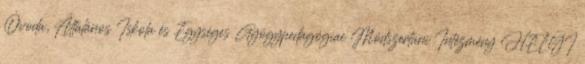
Óvoda, Általános Iskola és Egységes Gyógypedagógiai Módszertani Intézmény HELYI